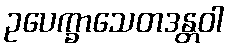
ဥပေက္ခာသေတဒန္တဝါ